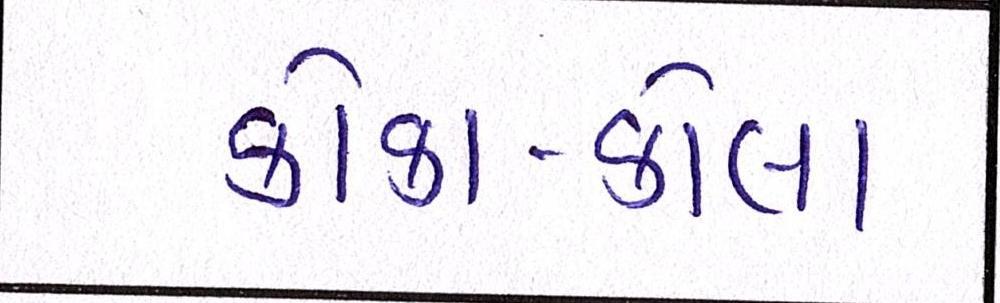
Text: કોકા-કોલા